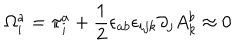
LaTeX: \Omega _ { i } ^ { a } = \pi _ { i } ^ { a } + \frac { 1 } { 2 } \epsilon _ { a b } \epsilon _ { i j k } \partial _ { j } A _ { k } ^ { b } \approx 0